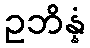
ဥဘိန္နံ